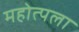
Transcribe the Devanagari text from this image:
महोत्पला